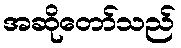
အဆိုတော်သည်